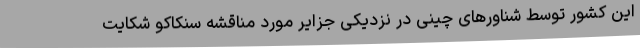
این کشور توسط شناورهای چینی در نزدیکی جزایر مورد مناقشه سنکاکو شکایت